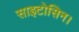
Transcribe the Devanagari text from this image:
साइटोसिन।